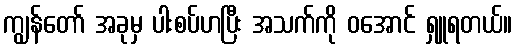
ကျွန်တော် အခုမှ ပါးစပ်ဟပြီး အသက်ကို ဝအောင် ရှူရတယ်။